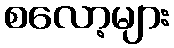
စလော့များ